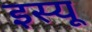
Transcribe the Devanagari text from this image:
इस्यू